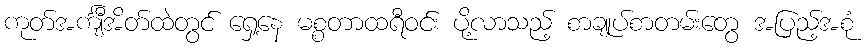
ကုတ်အင်္ကျီအိတ်ထဲတွင် ရှေ့နေ မစ္စတာထရီဝင်း ပို့လာသည့် စာချုပ်စာတမ်းတွေ အပြည့်အစုံ